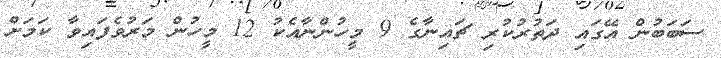
ސަބަބުން އޭގައި ދަތުރުކުރި ޗައިނާގެ 9 މީހުންނާއެކު 12 މީހުން މަރުވެފައިވާ ކަމަށް